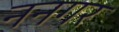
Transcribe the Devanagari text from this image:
ननगर